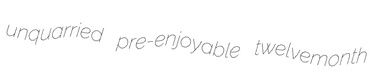
unquarried pre-enjoyable twelvemonth